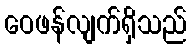
ဝေဖန်လျက်ရှိသည်